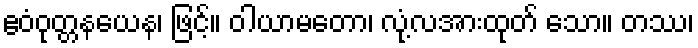
ဧဝံဝုတ္တနယေန၊ ဖြင့်။ ဝါယာမတော၊ လုံ့လအားထုတ် သော။ တဿ၊